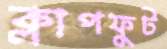
ক্লাপফুট